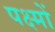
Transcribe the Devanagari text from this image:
पक्ष्मों